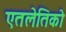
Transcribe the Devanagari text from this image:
एतलेतिको